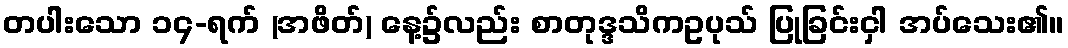
တပါးသော ၁၄-ရက် (အဖိတ်) နေ့၌လည်း စာတုဒ္ဒသိကဥပုသ် ပြုခြင်းငှါ အပ်သေး၏။